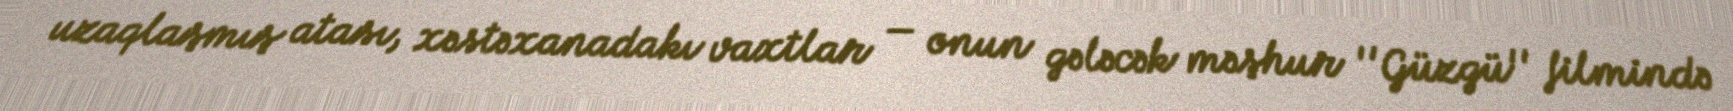
uzaqlaşmış atası, xəstəxanadakı vaxtlar — onun gələcək məşhur ''Güzgü'' filmində